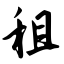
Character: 租